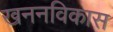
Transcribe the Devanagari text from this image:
खननविकास